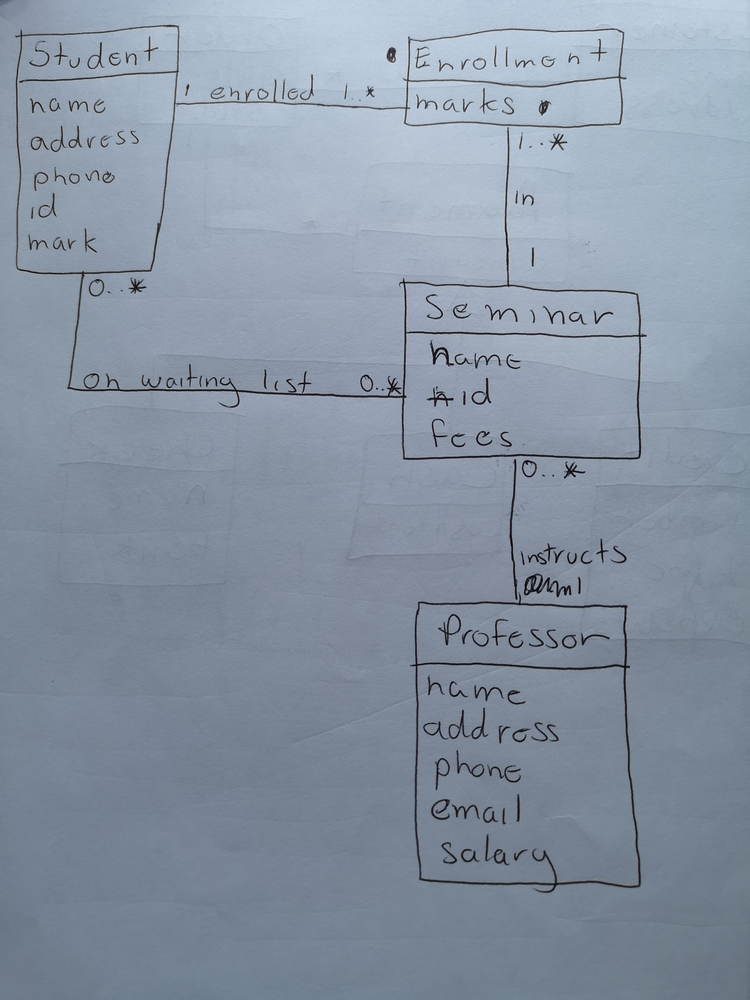
Diagram type: class_diagram
```plantuml
@startuml

class Student {
  name
  address
  phone
  id
  mark
}

class Enrollment {
  marks
}

class Seminar {
  name
  id
  fees
}

class Professor {
  name
  address
  phone
  email
  salary
}

Student "0..*" -- "0..*" Seminar : on waiting list
Student "1" -- "1..*" Enrollment : enrolled

Enrollment "1..*" -- "1" Seminar : in

Seminar "0..*" -- "instructs 1" Professor

@enduml
```